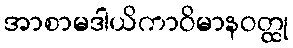
အာစာမဒါယိကာဝိမာနဝတ္ထု